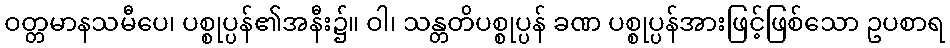
ဝတ္တမာနသမီပေ၊ ပစ္စုပ္ပန်၏အနီး၌။ ဝါ၊ သန္တတိပစ္စုပ္ပန် ခဏ ပစ္စုပ္ပန်အားဖြင့်ဖြစ်သော ဥပစာရ